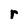
Character: r